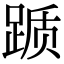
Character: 踬